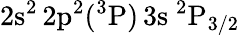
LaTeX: \mathrm{2s^{2}\, 2p^{2}(^{3}P)\, 3s~^{2}P_{3/2}}